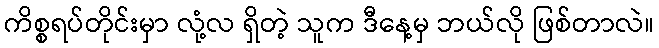
ကိစ္စရပ်တိုင်းမှာ လုံ့လ ရှိတဲ့ သူက ဒီနေ့မှ ဘယ်လို ဖြစ်တာလဲ။